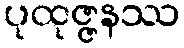
ပုထုဇ္ဇနဿ